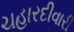
ચહારદીવારી